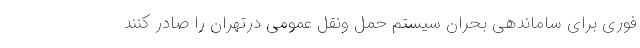
فوری برای ساماندهی بحران سیستم حمل ونقل عمومی درتهران را صادر کنند